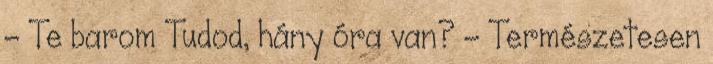
- Te barom Tudod, hány óra van? - Természetesen